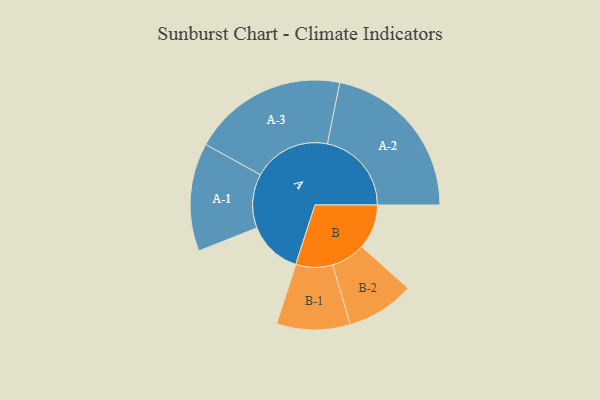
{"axis": {"x": "Segment", "y": "Value"}, "legend": ["", "A", "B"], "data": [{"x": "A", "y": 191, "type": ""}, {"x": "B", "y": 158, "type": ""}, {"x": "A-1", "y": 191, "type": "A"}, {"x": "A-2", "y": 297, "type": "A"}, {"x": "A-3", "y": 274, "type": "A"}, {"x": "B-1", "y": 130, "type": "B"}, {"x": "B-2", "y": 120, "type": "B"}]}